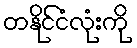
တနိုင်ငံလုံးကို